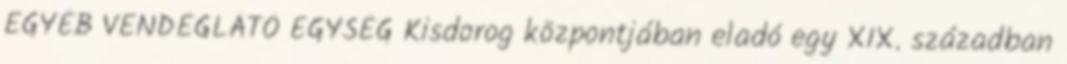
EGYÉB VENDÉGLÁTÓ EGYSÉG Kisdorog központjában eladó egy XIX. században